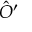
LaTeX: { \hat { O } } ^ { \prime }